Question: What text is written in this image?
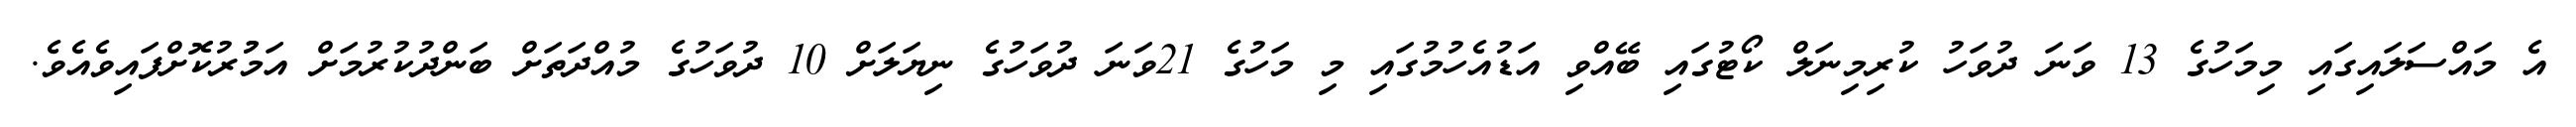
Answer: އެ މައްސަލައިގައި މިމަހުގެ 13 ވަނަ ދުވަހު ކުރިމިނަލް ކޯޓުގައި ބޭއްވި އަޑުއެހުމުގައި މި މަހުގެ 21ވަނަ ދުވަހުގެ ނިޔަލަށް 10 ދުވަހުގެ މުއްދަތަށް ބަންދުކުރުމަށް އަމުުރުކޮށްފައިވެއެވެ.